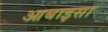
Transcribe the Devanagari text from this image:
आबाइसा